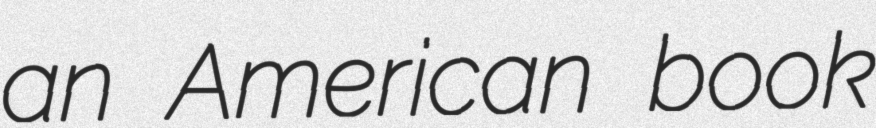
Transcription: an American book